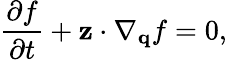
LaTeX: \frac{\partial f}{\partial t}+\mathbf{z}\cdot\nabla_{\mathbf{q}}f=0,